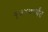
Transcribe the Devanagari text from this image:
१७४७पर्यंत